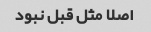
اصلا مثل قبل نبود